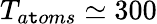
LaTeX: T_{a\mathtt{t}oms}\simeq300